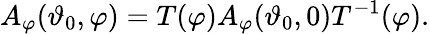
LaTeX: A_{\varphi}(\vartheta_{0},\varphi)=T(\varphi)A_{\varphi}(\vartheta_{0},0)T^{-1}(\varphi).